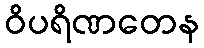
ဝိပရိဏတေန